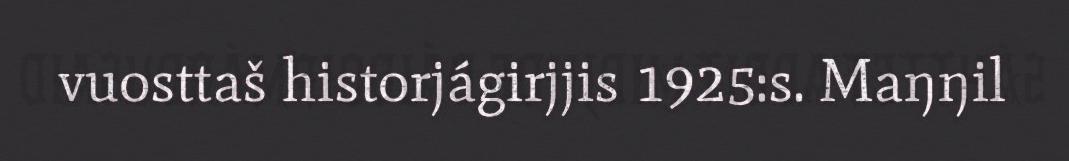
vuosttaš historjágirjjis 1925:s. Maŋŋil